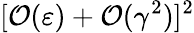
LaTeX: [\mathcal{O}(\varepsilon)+\mathcal{O}(\gamma^{2})]^{2}